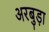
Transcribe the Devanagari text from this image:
अरबुड़ा